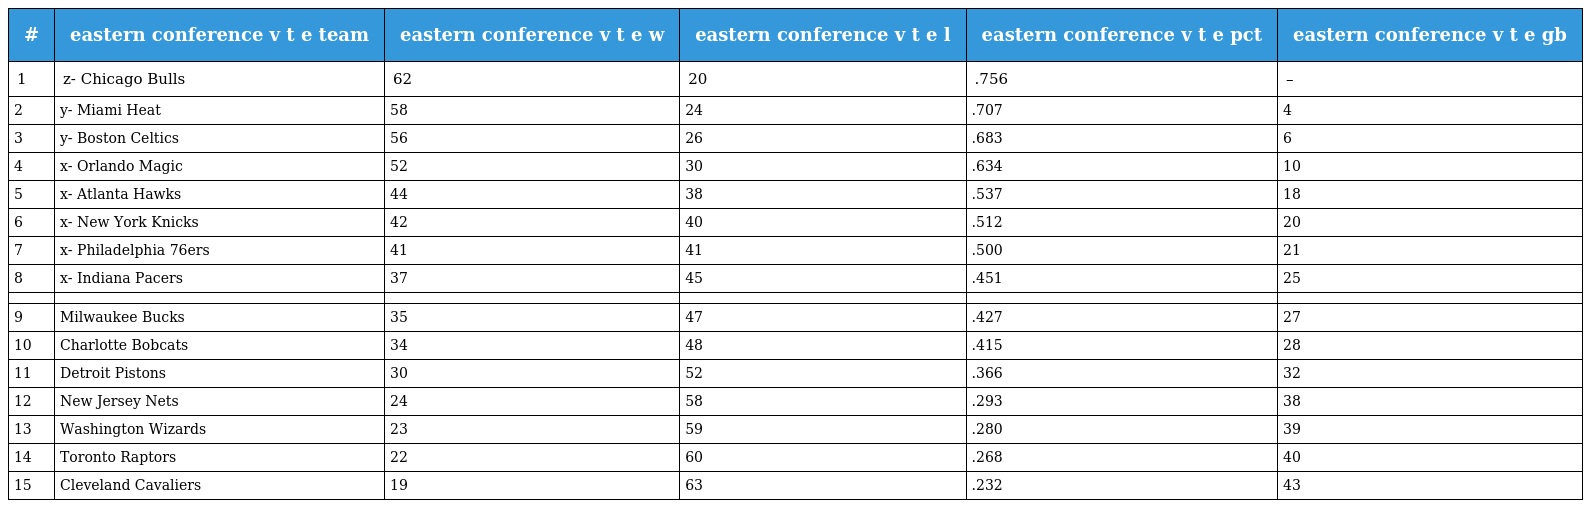
| # | eastern conference v t e team | eastern conference v t e w | eastern conference v t e l | eastern conference v t e pct | eastern conference v t e gb |
 | --- | --- | --- | --- | --- | --- |
 | 1 | z- Chicago Bulls | 62 | 20 | .756 | – |
 | 2 | y- Miami Heat | 58 | 24 | .707 | 4 |
 | 3 | y- Boston Celtics | 56 | 26 | .683 | 6 |
 | 4 | x- Orlando Magic | 52 | 30 | .634 | 10 |
 | 5 | x- Atlanta Hawks | 44 | 38 | .537 | 18 |
 | 6 | x- New York Knicks | 42 | 40 | .512 | 20 |
 | 7 | x- Philadelphia 76ers | 41 | 41 | .500 | 21 |
 | 8 | x- Indiana Pacers | 37 | 45 | .451 | 25 |
 |  |  |  |  |  |  |
 | 9 | Milwaukee Bucks | 35 | 47 | .427 | 27 |
 | 10 | Charlotte Bobcats | 34 | 48 | .415 | 28 |
 | 11 | Detroit Pistons | 30 | 52 | .366 | 32 |
 | 12 | New Jersey Nets | 24 | 58 | .293 | 38 |
 | 13 | Washington Wizards | 23 | 59 | .280 | 39 |
 | 14 | Toronto Raptors | 22 | 60 | .268 | 40 |
 | 15 | Cleveland Cavaliers | 19 | 63 | .232 | 43 |